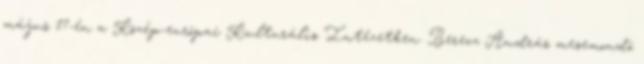
május 17-én a Közép-európai Kulturális Intézetben. Berecz András mesemondó